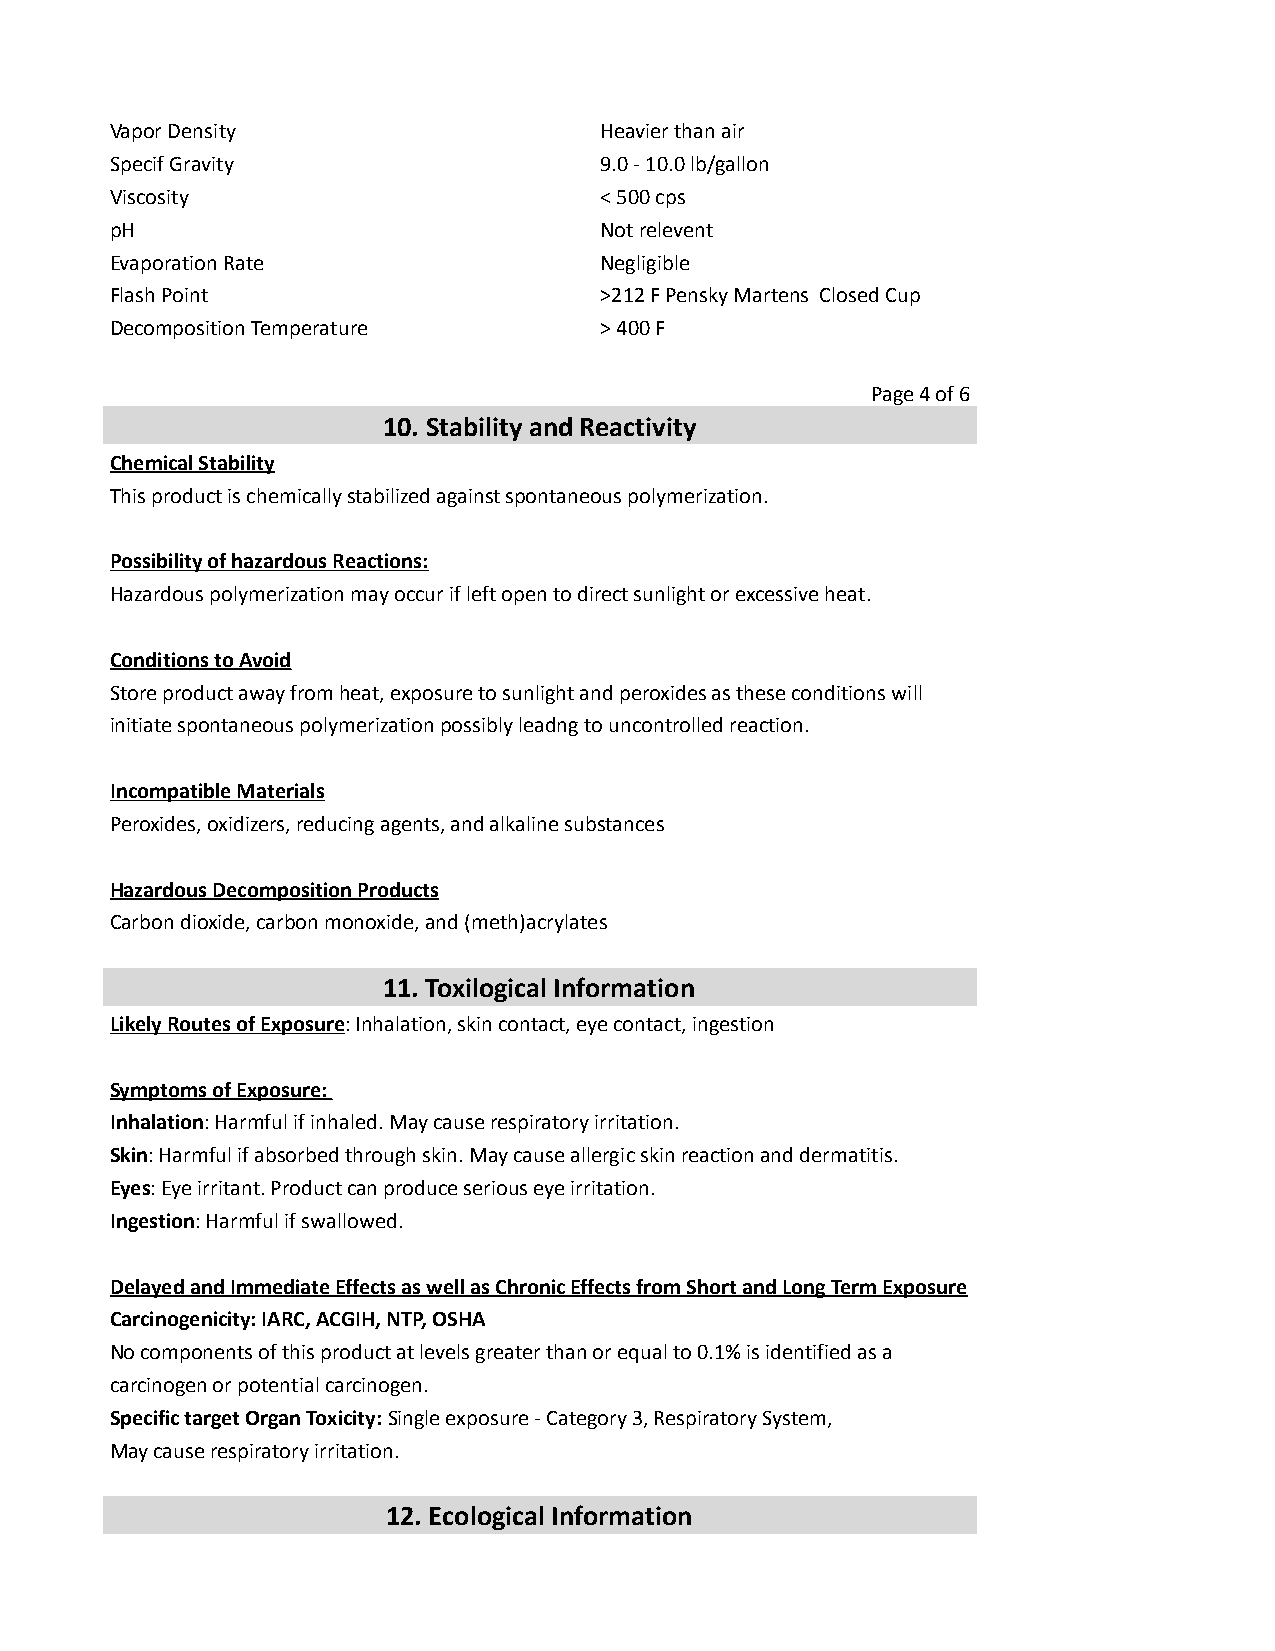
Vapor Density                    Heavier than air
 Specif Gravity                   9.0 - 10.0 lb/gallon
 Viscosity                        < 500 cps
 pH                               Not relevent
 Evaporation Rate                 Negligible
 Flash Point                      >212 F Pensky Martens Closed Cup
 Decomposition Temperature        > 400 F
 Page 4 of 6
 10. Stability and Reactivity
 Chemical Stability
 This product is chemically stabilized against spontaneous polymerization.
 Possibility of hazardous Reactions:
 Hazardous polymerization may occur if left open to direct sunlight or excessive heat.
 Conditions to Avoid
 Store product away from heat, exposure to sunlight and peroxides as these conditions will
 initiate spontaneous polymerization possibly leadng to uncontrolled reaction.
 Incompatible Materials
 Peroxides, oxidizers, reducing agents, and alkaline substances
 Hazardous Decomposition Products
 Carbon dioxide, carbon monoxide, and (meth)acrylates
 11. Toxilogical Information
 Likely Routes of Exposure: Inhalation, skin contact, eye contact, ingestion
 Symptoms of Exposure:
 Inhalation: Harmful if inhaled. May cause respiratory irritation.
 Skin: Harmful if absorbed through skin. May cause allergic skin reaction and dermatitis.
 Eyes: Eye irritant. Product can produce serious eye irritation.
 Ingestion: Harmful if swallowed.
 Delayed and Immediate Effects as well as Chronic Effects from Short and Long Term Exposure
 Carcinogenicity: IARC, ACGIH, NTP, OSHA
 No components of this product at levels greater than or equal to 0.1% is identified as a
 carcinogen or potential carcinogen.
 Specific target Organ Toxicity: Single exposure - Category 3, Respiratory System,
 May cause respiratory irritation.
 12. Ecological Information